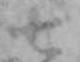
七